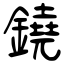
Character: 鐃